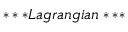
* * * L a g r a n g i a n * * *